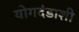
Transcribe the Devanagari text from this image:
योगदंडाशी